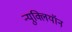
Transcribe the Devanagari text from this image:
न्युक्लियॉन